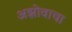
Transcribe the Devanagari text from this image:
अझोवाचा